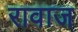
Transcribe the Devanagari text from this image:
रावाज